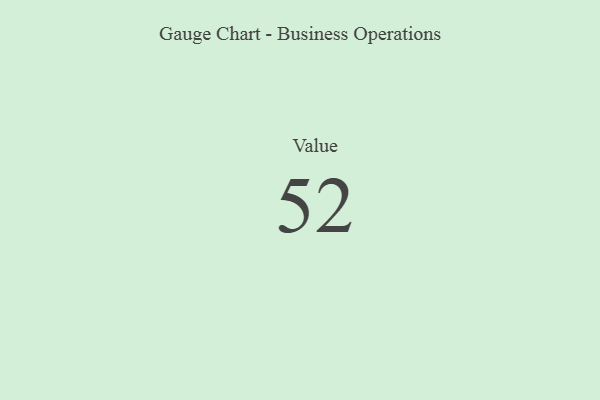
{"axis": {"x": "Metric", "y": "Value"}, "legend": [""], "data": [{"x": "Value", "y": 52, "type": ""}]}